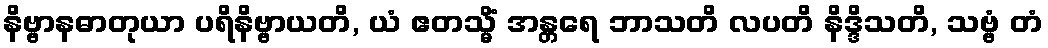
နိဗ္ဗာနဓာတုယာ ပရိနိဗ္ဗာယတိ, ယံ ဧတသ္မိံ အန္တရေ ဘာသတိ လပတိ နိဒ္ဒိသတိ, သဗ္ဗံ တံ